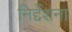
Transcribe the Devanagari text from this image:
निर्द्देशना